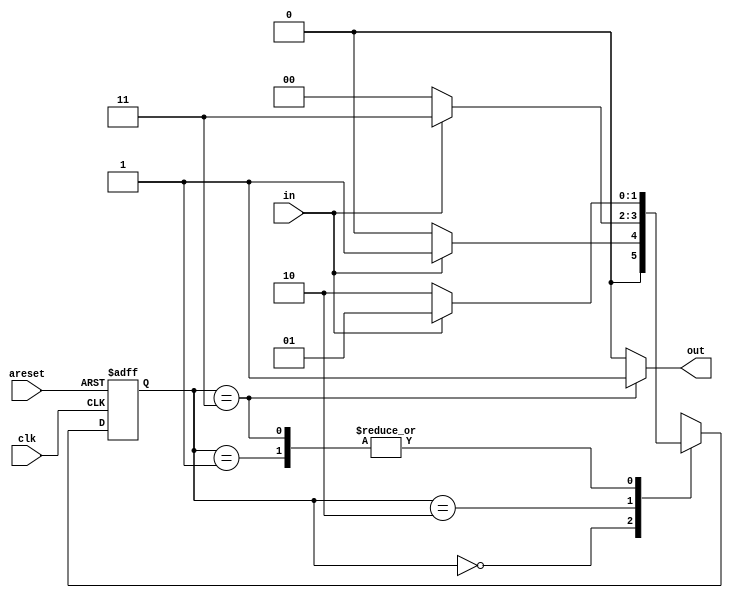
module top_module(
    input clk,
    input in,
    input areset,
    output out); //

    // State transition logic
    parameter A=2'b00, B =2'b01, C = 2'b10, D = 2'b11;
    reg [1:0]state, next_state;
	
    always @ (*)
        begin     
            case (state)
                A: next_state = in ? B : A;
                B: next_state = in ? B : C;
                C: next_state = in ? D : A;
                D: next_state = in ? B : C;
            endcase
        end
    
    always @ (posedge clk, posedge areset)
        begin
            if (areset)
                state <= A;
            else
                state <= next_state;
        end

    // Output logic
    assign out = (state == D) ? 1'b1:1'b0;

endmodule